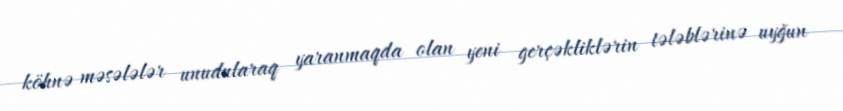
köhnə məsələlər unudularaq yaranmaqda olan yeni gerçəkliklərin tələblərinə uyğun